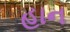
હાન